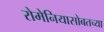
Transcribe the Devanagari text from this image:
रोमेनियासोबतच्या